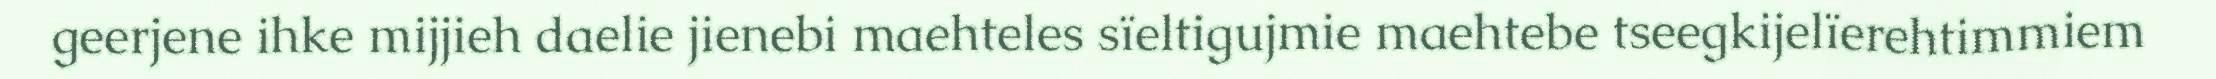
geerjene ihke mijjieh daelie jienebi maehteles sïeltigujmie maehtebe tseegkijelïerehtimmiem